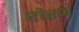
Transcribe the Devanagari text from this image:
रौरन